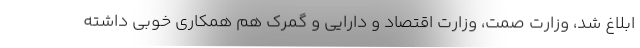
ابلاغ شد، وزارت صمت، وزارت اقتصاد و دارایی و گمرک هم همکاری خوبی داشته